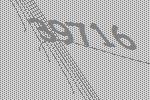
39716